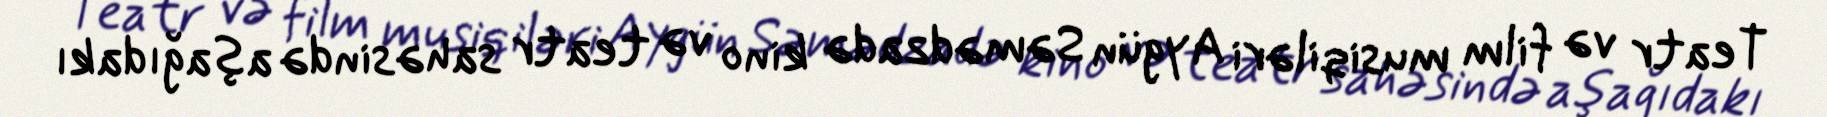
Teatr və film musiqiləri Aygün Səmədzadə kino və teatr sahəsində aşağıdakı